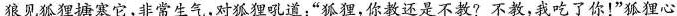
狼见狐狸搪塞它，非常生气，对狐狸吼道：”狐狸，你教还是不教?不教，我吃了你！”狐狸心